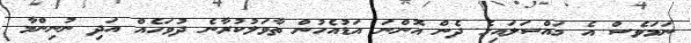
ނަމަވެސް އެ މައްސަލައިގެ ދެން އޮންނަ އަޑުއެހުން ތާވަލުކުރާނެ ދުވަހެއް އަދި ނުނިންމާ